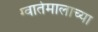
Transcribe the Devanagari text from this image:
ग्वातेमालाच्या